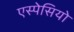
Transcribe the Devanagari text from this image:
एस्पेसियो